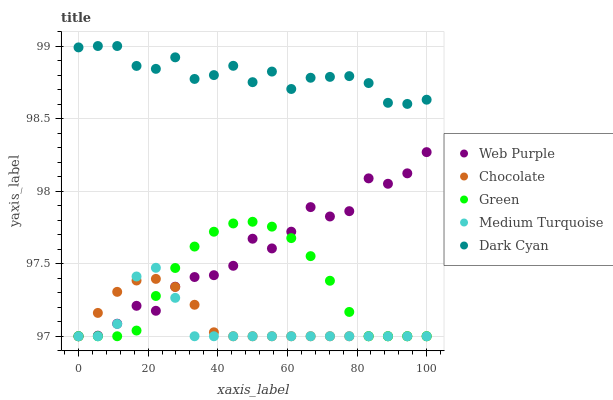
| xaxis_label | Web Purple | Chocolate | Green | Medium Turquoise | Dark Cyan |
 | --- | --- | --- | --- | --- | --- |
 | 0 | 97 | 97 | 97 | 97 | 99 |
 | 5.56 | 97 | 97.2 | 97 | 97 | 99 |
 | 11.1 | 97.1 | 97.3 | 97 | 97.1 | 99 |
 | 16.7 | 97.2 | 97.4 | 97 | 97.4 | 98.9 |
 | 22.2 | 97.2 | 97.4 | 97.3 | 97.5 | 98.8 |
 | 27.8 | 97.3 | 97.3 | 97.5 | 97.3 | 98.9 |
 | 33.3 | 97.4 | 97.2 | 97.6 | 97 | 98.8 |
 | 38.9 | 97.4 | 97 | 97.7 | 97 | 98.8 |
 | 44.4 | 97.5 | 97 | 97.8 | 97 | 98.9 |
 | 50 | 97.7 | 97 | 97.8 | 97 | 98.8 |
 | 55.6 | 97.6 | 97 | 97.8 | 97 | 98.8 |
 | 61.1 | 97.7 | 97 | 97.7 | 97 | 98.7 |
 | 66.7 | 97.9 | 97 | 97.6 | 97 | 98.8 |
 | 72.2 | 97.8 | 97 | 97.4 | 97 | 98.8 |
 | 77.8 | 97.9 | 97 | 97.2 | 97 | 98.8 |
 | 83.3 | 98.1 | 97 | 97 | 97 | 98.7 |
 | 88.9 | 98.1 | 97 | 97 | 97 | 98.6 |
 | 94.4 | 98.1 | 97 | 97 | 97 | 98.6 |
 | 100 | 98.3 | 97 | 97 | 97 | 98.6 |